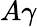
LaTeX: A\gamma